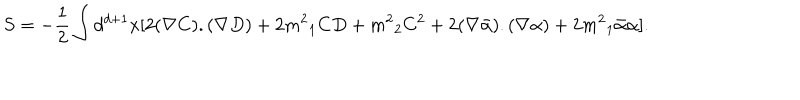
S = - \frac { 1 } { 2 } \int d ^ { d + 1 } x [ 2 ( \nabla C ) . ( \nabla D ) + 2 { m ^ { 2 } } _ { 1 } C D + { m ^ { 2 } } _ { 2 } C ^ { 2 } + 2 ( \nabla \bar { \alpha } ) . ( \nabla \alpha ) + 2 { m ^ { 2 } } _ { 1 } \bar { \alpha } \alpha ] .